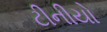
ટીનીયો